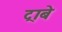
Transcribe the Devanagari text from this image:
ट्राबे